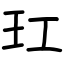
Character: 玒